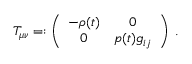
T _ { \mu \nu } = : \left( \begin{array} { c c } { { - \rho ( t ) } } & { { 0 } } \\ { { 0 } } & { { p ( t ) g _ { i j } } } \end{array} \right) \; .